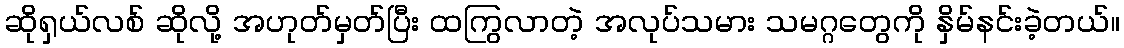
ဆိုရှယ်လစ် ဆိုလို့ အဟုတ်မှတ်ပြီး ထကြွလာတဲ့ အလုပ်သမား သမဂ္ဂတွေကို နှိမ်နင်းခဲ့တယ်။